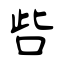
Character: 呰